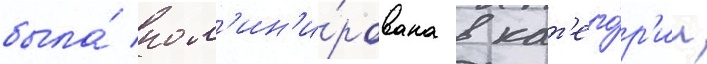
была́ ном'ин'и́рована в кат'его́р'ии